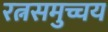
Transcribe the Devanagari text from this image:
रत्नसमुच्चय